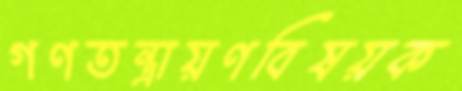
গণতন্ত্রায়ণবিষয়ক